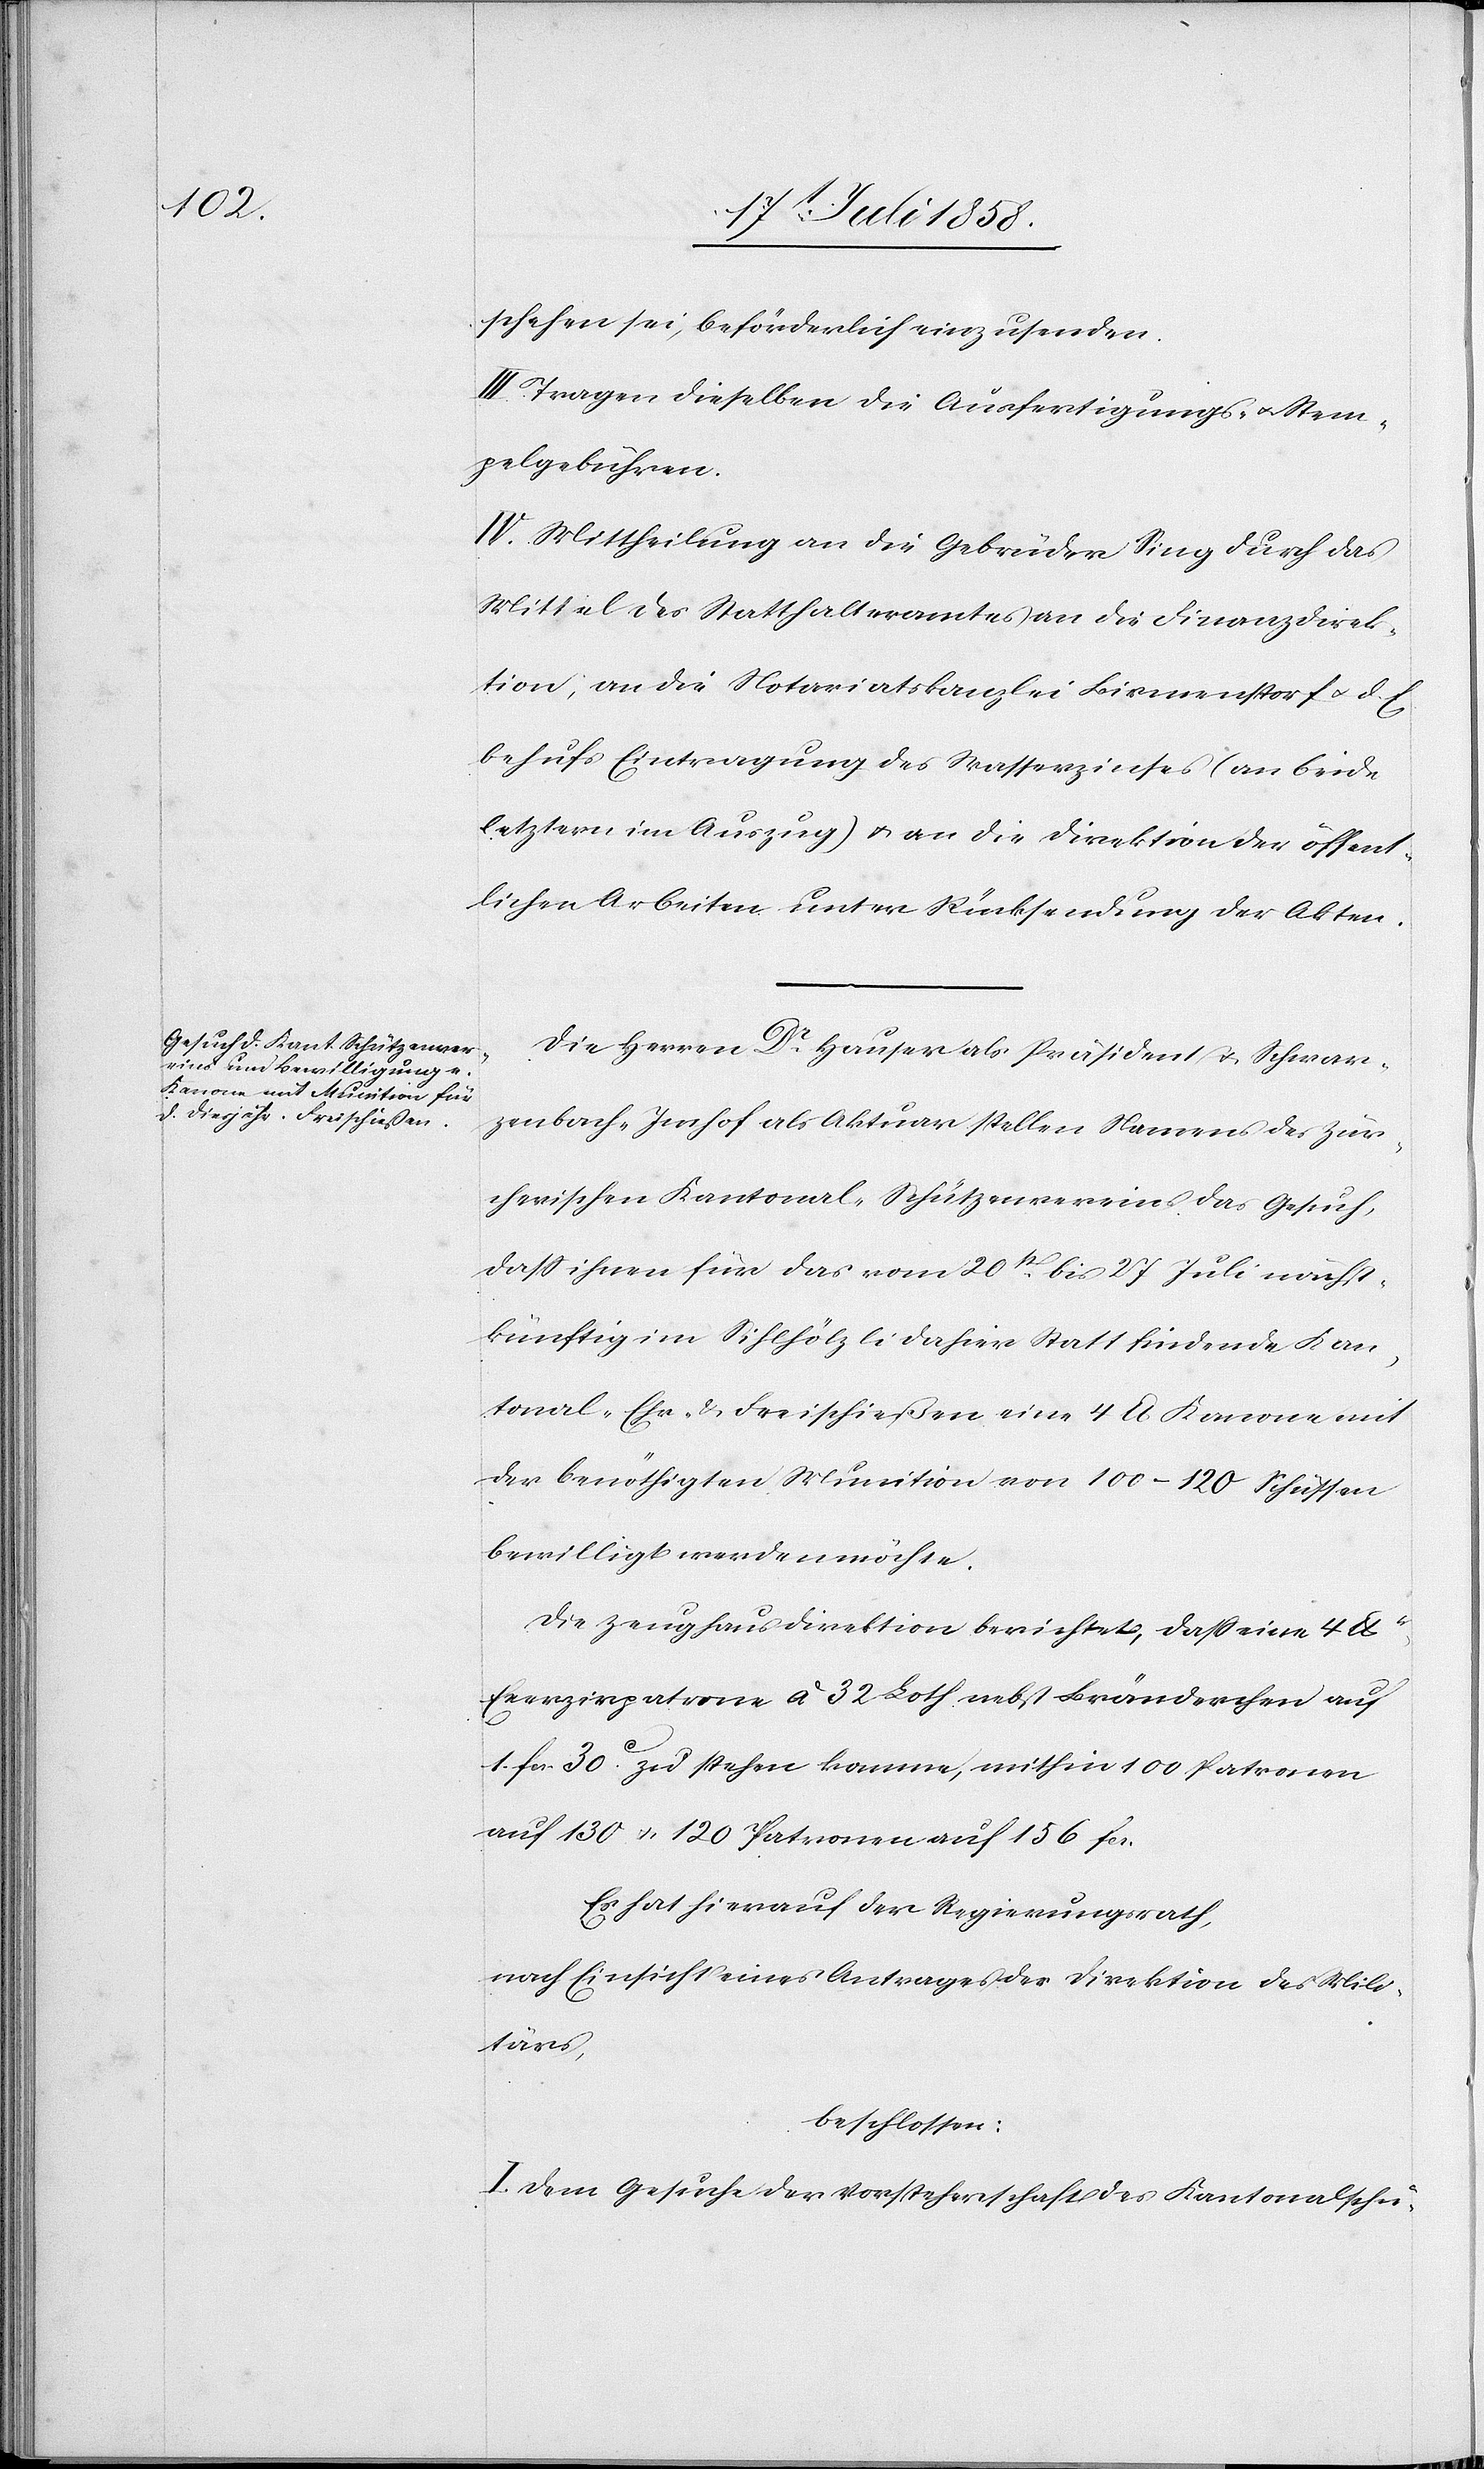
schehen sei, beförderlich einzusenden.
III. Tragen dieselben die Ausfertigungs- & Stem¬
pelgebühren.
IV. Mittheilung an die Gebrüder Sing durch das
Mittel des Statthalteramtes[,] an die Finanzdirek¬
tion, an die Notariatskanzlei Birmenstorf & d. E.
behufs Eintragung des Wasserzinses (an beide
letztern im Auszug) & an die Direktion der öffent¬
lichen Arbeiten unter Rücksendung der Akten.
Die Herren Dr. Hauser als Präsident & Schwar¬
zenbach-Imhof als Aktuar stellen Namens des Zür¬
cherischen Kantonal-Schützenvereins das Gesuch,
dass ihnen für das vom 20st bis 27 Juli nächst¬
künftig im Sihlhölzli dahier Statt findende Kan¬
tonal-[,] Ehr- & Freischießen eine 4 lb. Kanone mit
der benöthigten Munition von 100–120 Schüssen
bewilligt werden möchte.
Die Zeughausdirektion berichtet, dass eine 4 lb.
Exerzirpatrone à 32 Loth nebst Bränderchen auf
1. Fcs. 30C. zu stehen komme, mithin 100 Patronen
auf 130 & 120 Patronen auf 156 Fcs.
Es hat hierauf der Regierungsrath,
nach Einsicht eines Antrages der Direktion des Mili¬
tärs,
beschlossen:
I. Dem Gesuche der Vorsteherschaft des Kantonalschü-